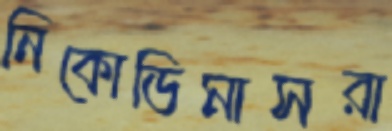
নিকোডিমাসরা